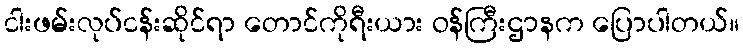
ငါးဖမ်းလုပ်ငန်းဆိုင်ရာ တောင်ကိုရီးယား ဝန်ကြီးဌာနက ပြောပါတယ်။